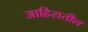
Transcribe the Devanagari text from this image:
जाहिरातील